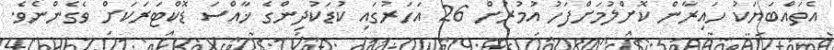
އެތައްބަޔަކު ހައިރާން ކޮށްލުމަށްފަހު އުމުރުން 26 އަހަރުގައި ކުޑަކުދިންގެ ޚާއްސަ ޑޮކްޓަރަކަށް ވެގެންނެވެ.